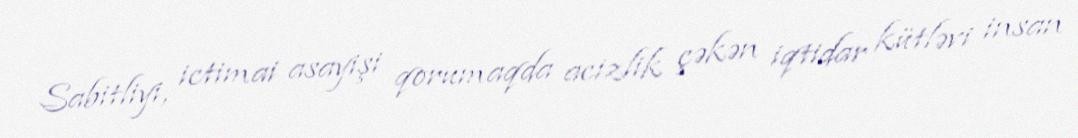
Sabitliyi, ictimai asayişi qorumaqda acizlik çəkən iqtidar kütləvi insan